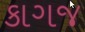
કાગજ